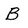
Character: B